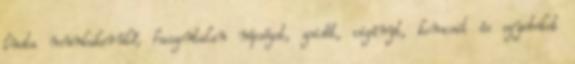
lusta munkakerülő, haszontalan népséget, zsidót, cigányt, komcsit és egyebeket